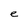
Character: e